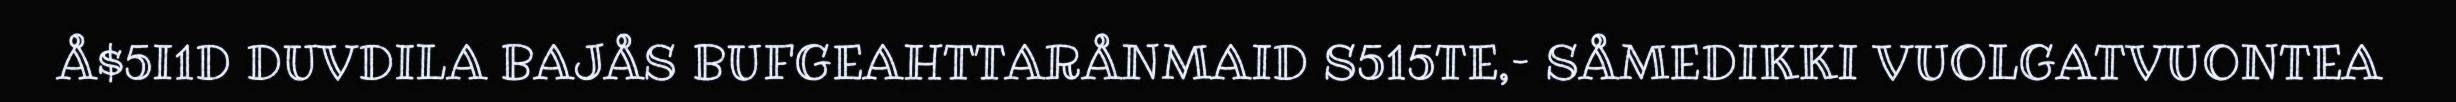
Å$5I1D DUVDILA BAJÅS BUFGEAHTTARÅNMAID S515TE,– SÅMEDIKKI VUOLGATVUONTEA